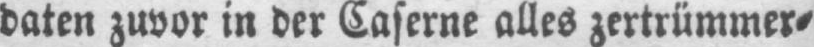
daten zuvor in der Caserne alles zertrümmer⸗